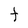
Character: t